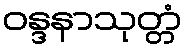
ဝန္ဒနာသုတ္တံ